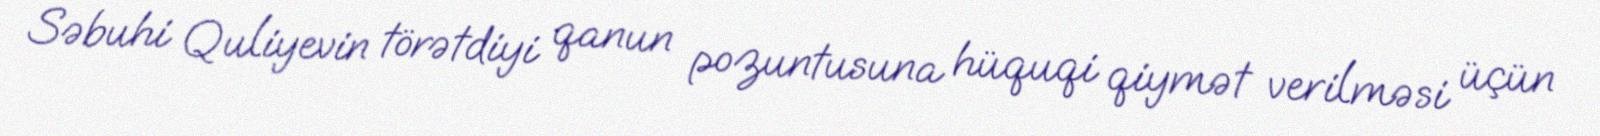
Səbuhi Quliyevin törətdiyi qanun pozuntusuna hüquqi qiymət verilməsi üçün